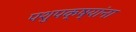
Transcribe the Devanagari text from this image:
पशुपक्ष्यांना